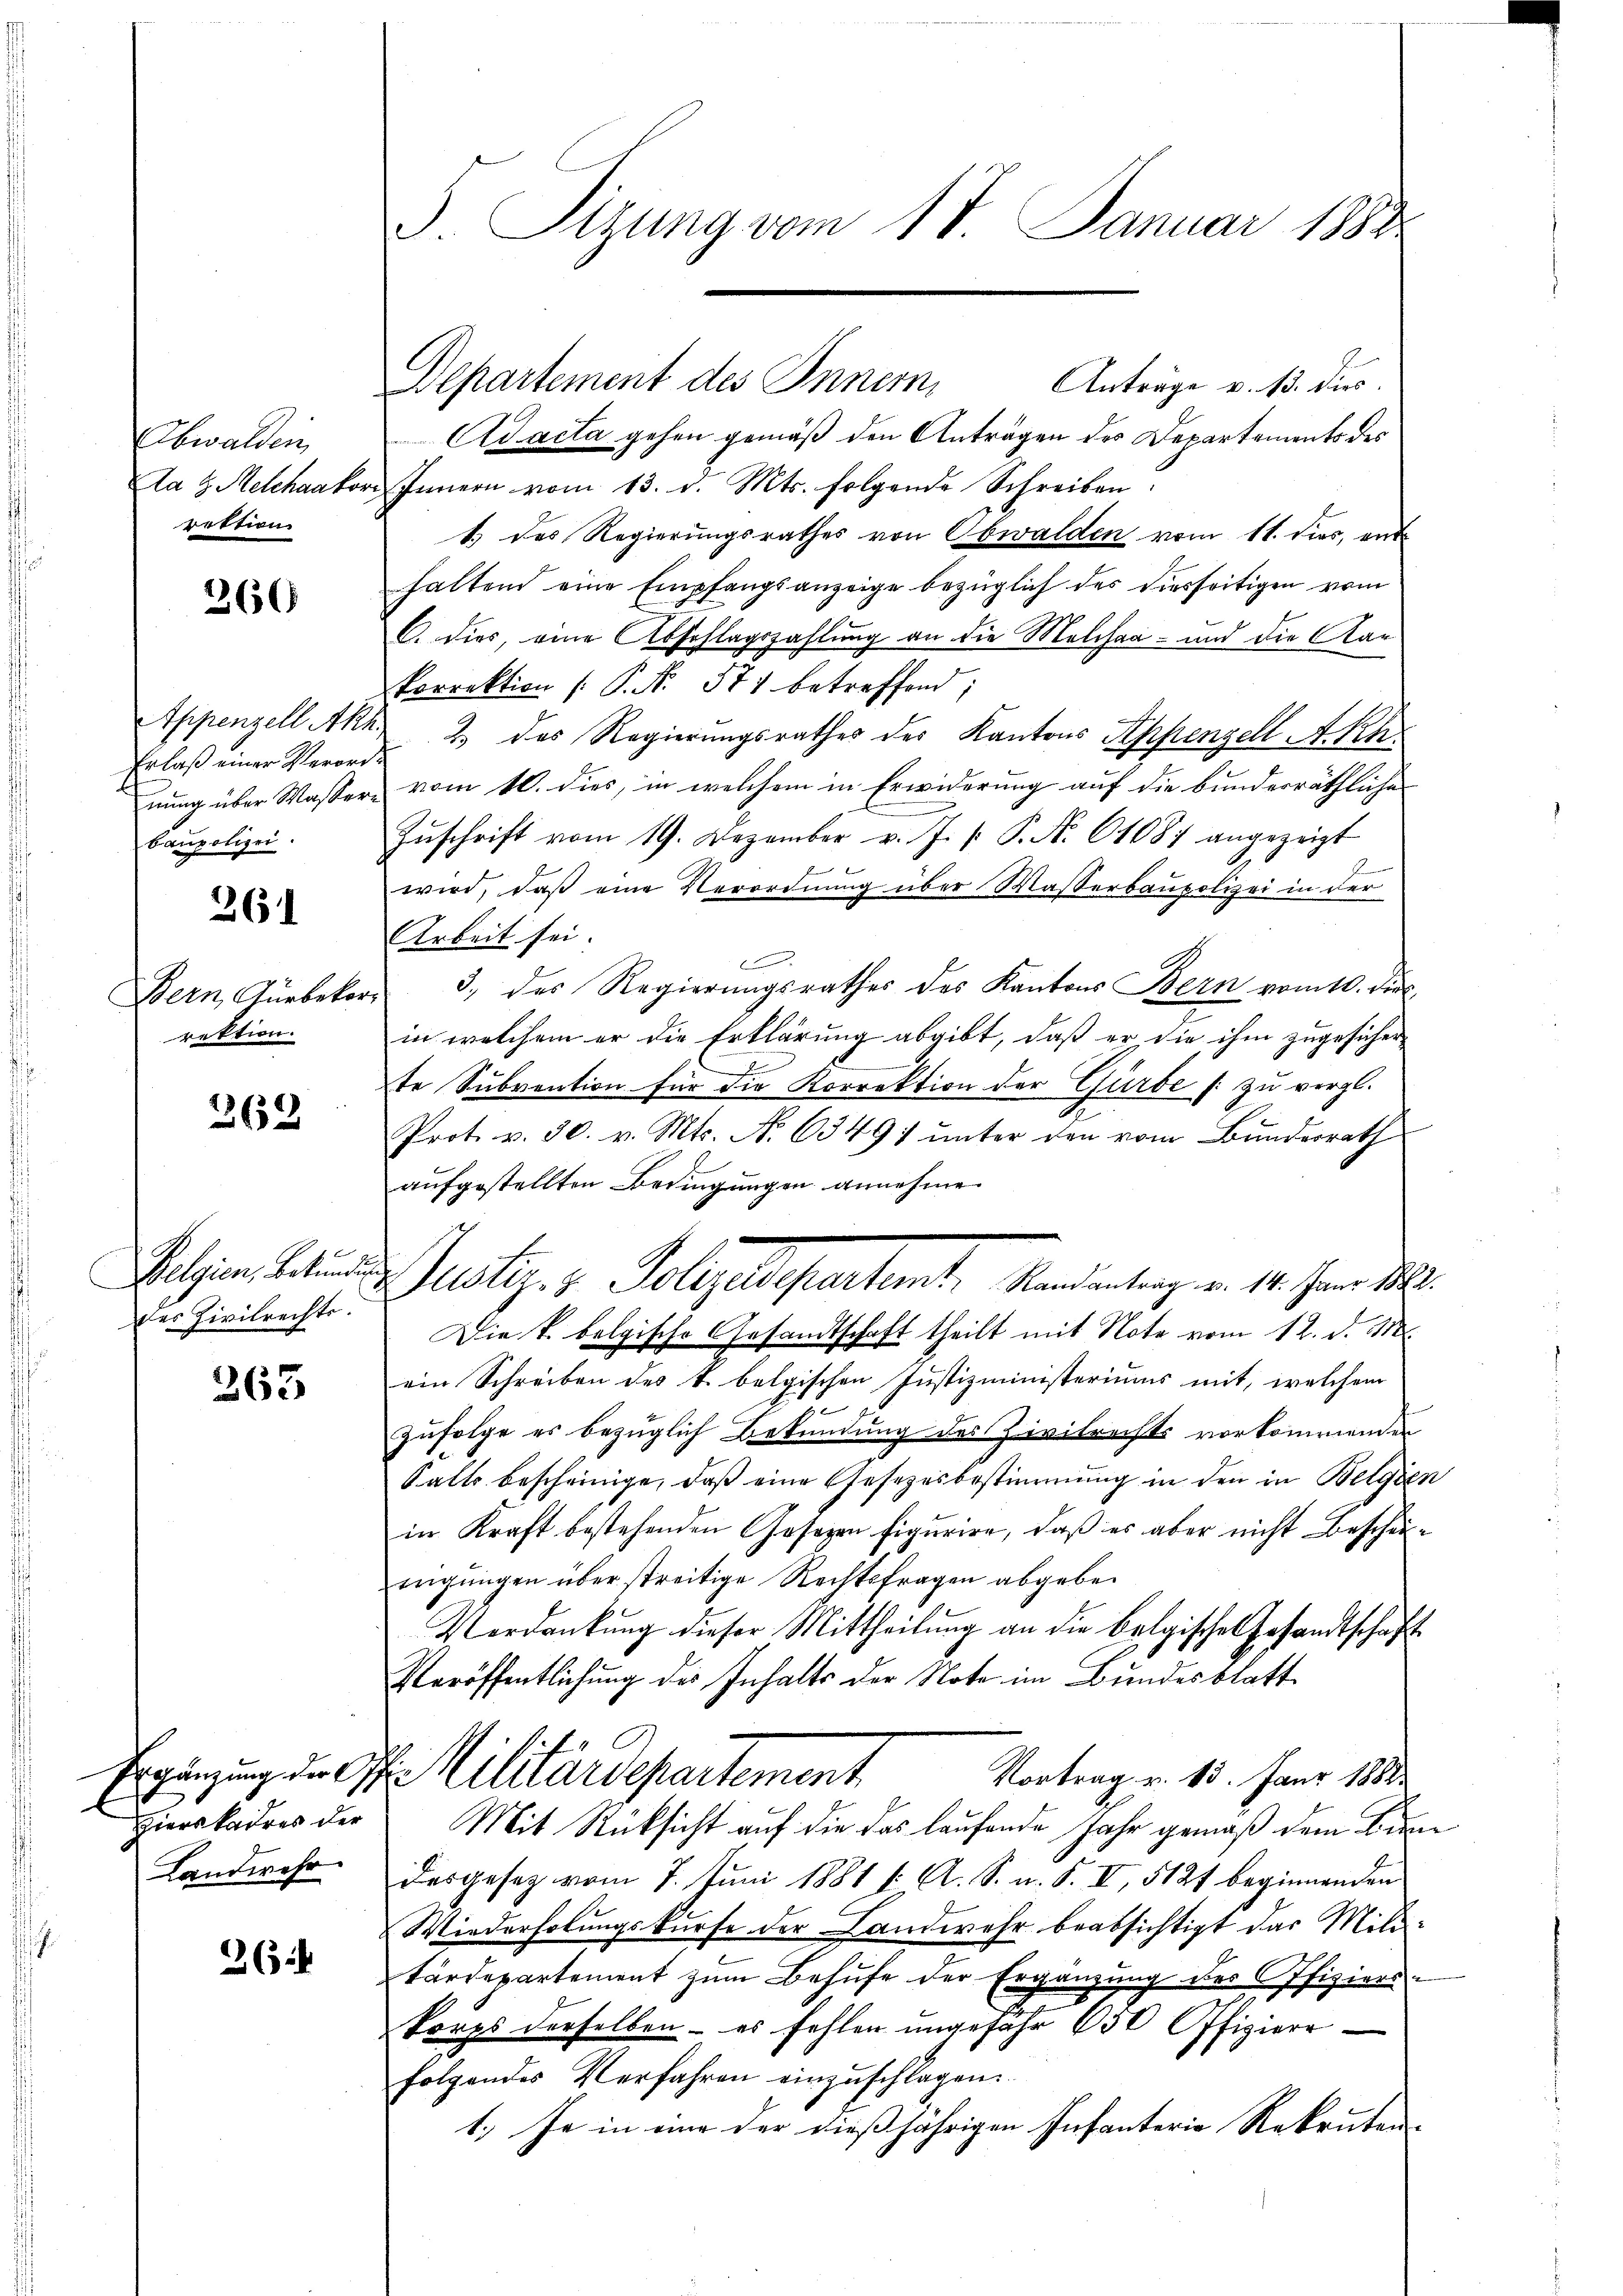
Obwalden
Da H. Melchaakor
rektion

266)

Appenzell Akh.
Erlaß einer Verord
nung über Wasserbaupolizei.

261

Bern, Surbekor
rektion.

262

des Zivilrechts.

263

Hierskadres der
Landwehr

26

Sizung vom 17. Januar 1884

Departement des Inner

Anträge v. 13. dies
Adacta gehen gemäß den Anträgen des Departements des
des Innern vom 13. d. Mts. folgende Schreiben.
1.) des Regierungsrathes von Obwalden vom 11. dies, enthaltend eine Empfangsanzeige bezüglich des diesseitigen vom
C. dies, eine Abschlagszahlung an die Melihaa- und die Aar¬
Porrektion (: P. N. 571 betreffend;
 2. das Regierungsrathes des Kantons Appenzell A.Rh.
vom 10. dies, in welchem in Erwiderung auf die bunderräthliche
Zŭschrift vom 19. Dezember v. J. P. P. Nr. 61087 angezeigt
d
wird, daß eine Verordnung über Wasserbaupolizei in der
Arbeit sei.
c
3. des Regierungsrathes des Kantons Bern vom 10. dir.
in welchem er die Erklärung abgibt, daß er die ihm zugesicher
te Subvention für die Korrektion der Gürbe (: zu vergl.
Prot. v. 30. v. Mts. N. 63497 unter den vom Bundesrath
aufgestellten Bedingungen annehme
Sulgen Stunde Justiz- & Polyedepartamt, Mandentrag v. 14. Jan. 18.
Die k. belgische Gesandtschaft theilt mit Note vom 12. d. Ms.
ein Schreiben des V. belgischen Justizministeriums mit, welchem
Zufolge es bezüglich Bekundung des Zivilrechts vorkommenden
Salts bescheinige, daβ eine Gesetzesbestimmung in den in Belgie-
in Kraft bestehenden Gesezen figurire, daß er aber nicht Bescheiinigungen über streitige Rechtsfragen abgebe¬
Verdankung dieser Mittheilung an die belgisches Gesandtschaft
Veröffentlichung des Inhalts der Note im Bundesblatt
.
Ergänzung der O. Militärdepartement
Vortrag v. 13. Janr 1888.
Mit Rücksicht auf die das laufende Jahr gemäß dem Biedesgesez vom 7. Juni 1881 (: A. S. u. S. VI, 5127 beginnenden
Wiederholungskurse der Landwehr beabsichtigt das Militärdepartement zum Behufe der Ergänzung des Offizierskorps derselben - es fehlen ungefähr 650 Offiziere
folgendes Verfahren einzuschlagen.
1.) Ja in eine der dießjährigen Infanterie Rekruten